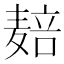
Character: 𱋝